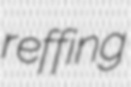
reffing